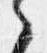
之